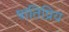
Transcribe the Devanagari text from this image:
षांतिप्रिय